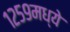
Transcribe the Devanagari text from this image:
१२५९मध्ये